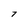
Character: 7